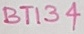
Text: BT134